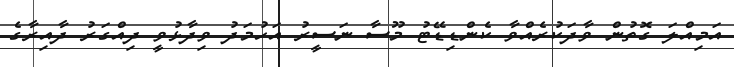
އަމިއްލަ ގޮތުން ވާދަކުރެއްވާ ކެންޑިޑޭޓު މޫސާ ނަސީރު އަހުމަދު ވިދާޅުވީ ދިއްގަރު ދާއިރާގެ